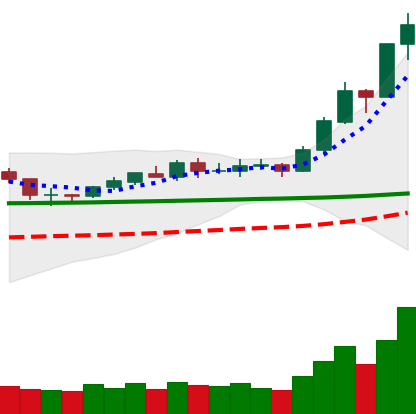
Ticker: BNB-USD
Chart end date: 2020-02-10
Forward return: -4.238%
Label: down_3_5